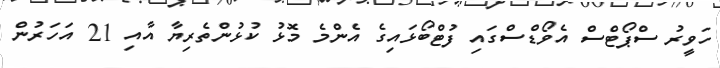
ހަވީރު ސްޕޯޓްސް އެވޯޑްސްގައި ފުޓްބޯޅައިގެ އެންމެ މޮޅު ކުޅުންތެރިޔާ އާއި 21 އަހަރުން